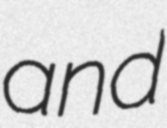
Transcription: and